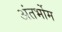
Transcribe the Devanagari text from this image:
अंतर्भोम